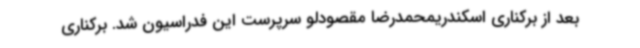
بعد از برکناری اسکندریمحمدرضا مقصودلو سرپرست این فدراسیون شد. برکناری